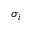
\sigma _ { i }